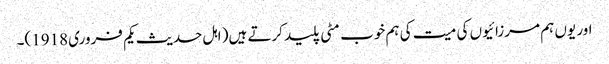
اور یوں ہم مرزائیوں کی میت کی ہم خوب مٹی پلید کرتے ہیں( اہل حدیث یکم فروری 1918)۔